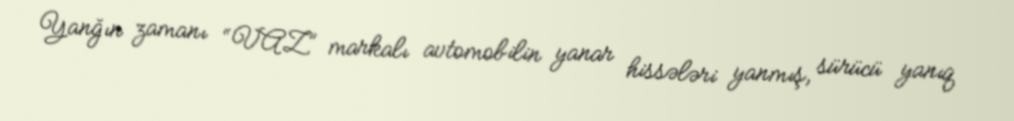
Yanğın zamanı “VAZ” markalı avtomobilin yanar hissələri yanmış, sürücü yanıq